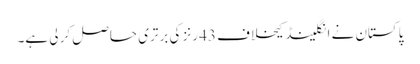
پاکستان نے انگلینڈ کیخلاف 43 رنز کی برتری حاصل کر لی ہے۔